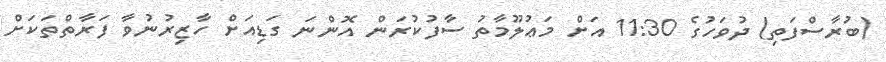
(ބުރާސްފަތި) ދުވަހުގެ 11:30 އަށް މަޢުލޫމާތު ސާފުކުރަން އޮންނަ ގަޑިއަށް ހާޒިރުނުވާ ފަރާތްތަކަށް